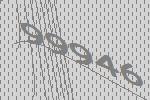
99946